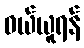
ဝယ်ယူရန်